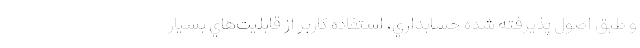
و طبق اصول پذيرفته شده حسابداري، استفاده كاربر از قابليت‌هاي بسيار